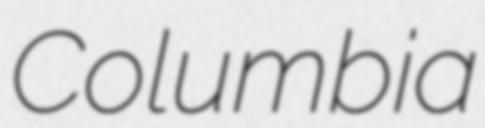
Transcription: Columbia